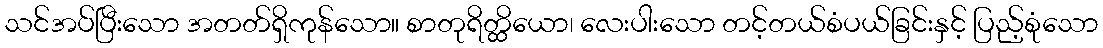
သင်အပ်ပြီးသော အတတ်ရှိကုန်သော။ စာတုရိတ္ထိယော၊ လေးပါးသော တင့်တယ်စံပယ်ခြင်းနှင့် ပြည့်စုံသော